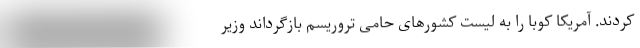
کردند. آمریکا کوبا را به لیست کشورهای حامی تروریسم بازگرداند وزیر